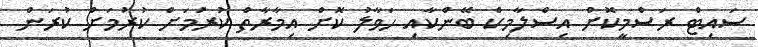
ސައިޓް ރަސްމީކޮށް އިސްލާމިކް ބޭންކާއި ހަވާލު ކޮށް އިމާރާތް ކުރުމަށް ކުރުމަށް ކުރަން